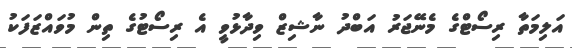
އަލިމަތާ ރިސޯޓްގެ މެނޭޖަރު އަބްދު ނާޝިޒް ވިދާޅުވީ އެ ރިސޯޓުގެ ތިން މުވައްޒަފަކު